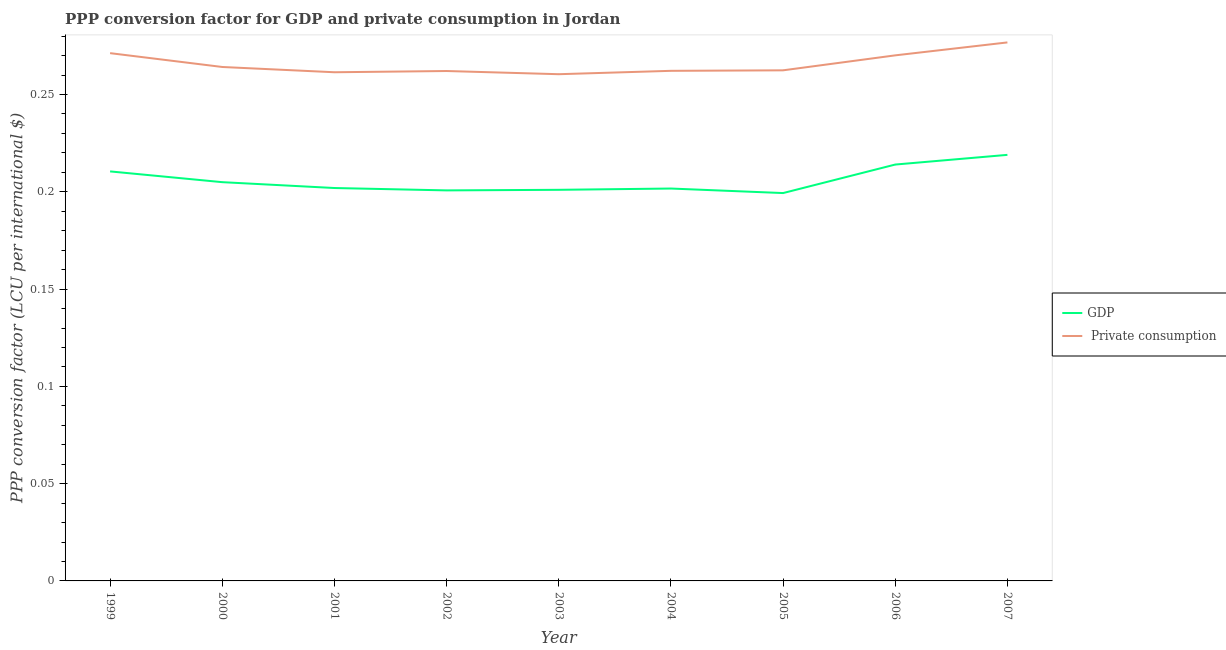
| Year | GDP |  Private consumption |
 | --- | --- | --- |
 | 1999 | 0.21 | 0.271 |
 | 2000 | 0.205 | 0.264 |
 | 2001 | 0.202 | 0.261 |
 | 2002 | 0.201 | 0.262 |
 | 2003 | 0.201 | 0.26 |
 | 2004 | 0.202 | 0.262 |
 | 2005 | 0.199 | 0.262 |
 | 2006 | 0.214 | 0.27 |
 | 2007 | 0.219 | 0.277 |